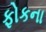
ફોકના